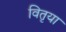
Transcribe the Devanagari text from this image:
वितृया